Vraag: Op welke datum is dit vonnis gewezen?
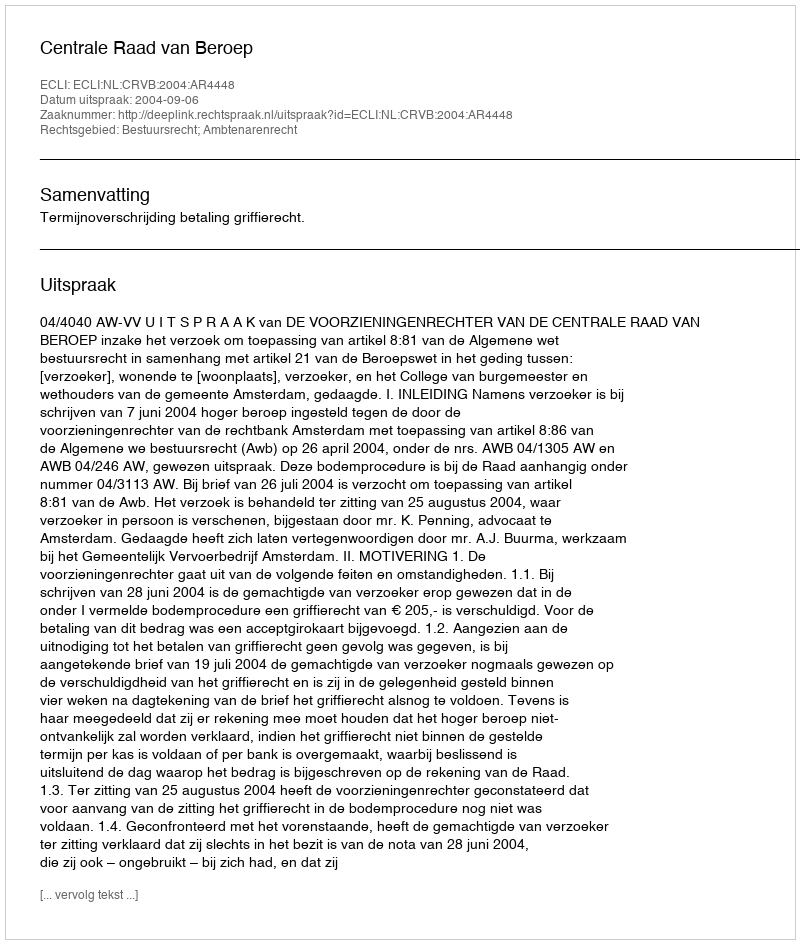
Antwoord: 2004-09-06